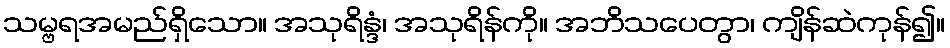
သမ္ဗရအမည်ရှိသော။ အသုရိန္ဒံ၊ အသုရိန်ကို။ အဘိသပေတွာ၊ ကျိန်ဆဲကုန်၍။